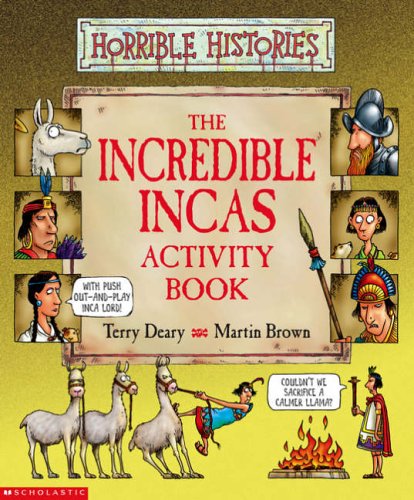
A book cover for Incredible Incas Activity Book (Horrible Histories); Terry Deary; Children's Books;